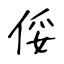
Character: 俀